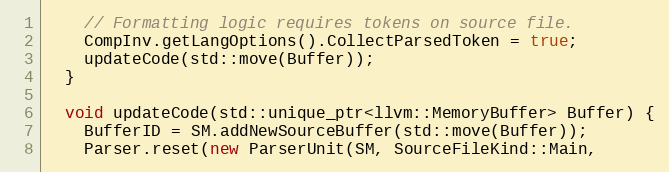
Language: C++
    // Formatting logic requires tokens on source file.
    CompInv.getLangOptions().CollectParsedToken = true;
    updateCode(std::move(Buffer));
  }

  void updateCode(std::unique_ptr<llvm::MemoryBuffer> Buffer) {
    BufferID = SM.addNewSourceBuffer(std::move(Buffer));
    Parser.reset(new ParserUnit(SM, SourceFileKind::Main,